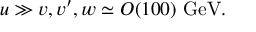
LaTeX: u \gg v , v ^ { \prime } , w \simeq O ( 1 0 0 ) \ \mathrm { G e V } .